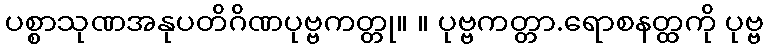
ပစ္စာသုဏအနုပတိဂိဏပုဗ္ဗကတ္တု။ ။ ပုဗ္ဗကတ္တာ.ရောစနတ္ထကို ပုဗ္ဗ